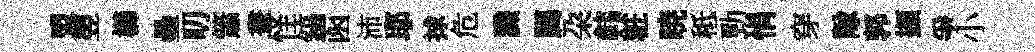
盟翌櫛壘叨簫畫怪鎬函沛耶捄危識臈朶韩粧暁秪勁悁穿隊郭擷爭小